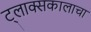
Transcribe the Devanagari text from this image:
ट्लाक्सकालाचा